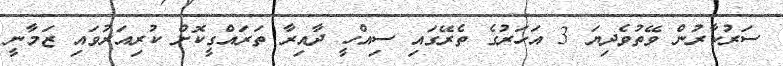
ސަރުކާރުން ވޭތުވެދިޔަ 3 އަހަރުގެ ތެރޭގައި ސިއްހީ ދާއިރާ ތަރައްގީކޮށް ކުރިއަރުވައި ޒަމާނީ